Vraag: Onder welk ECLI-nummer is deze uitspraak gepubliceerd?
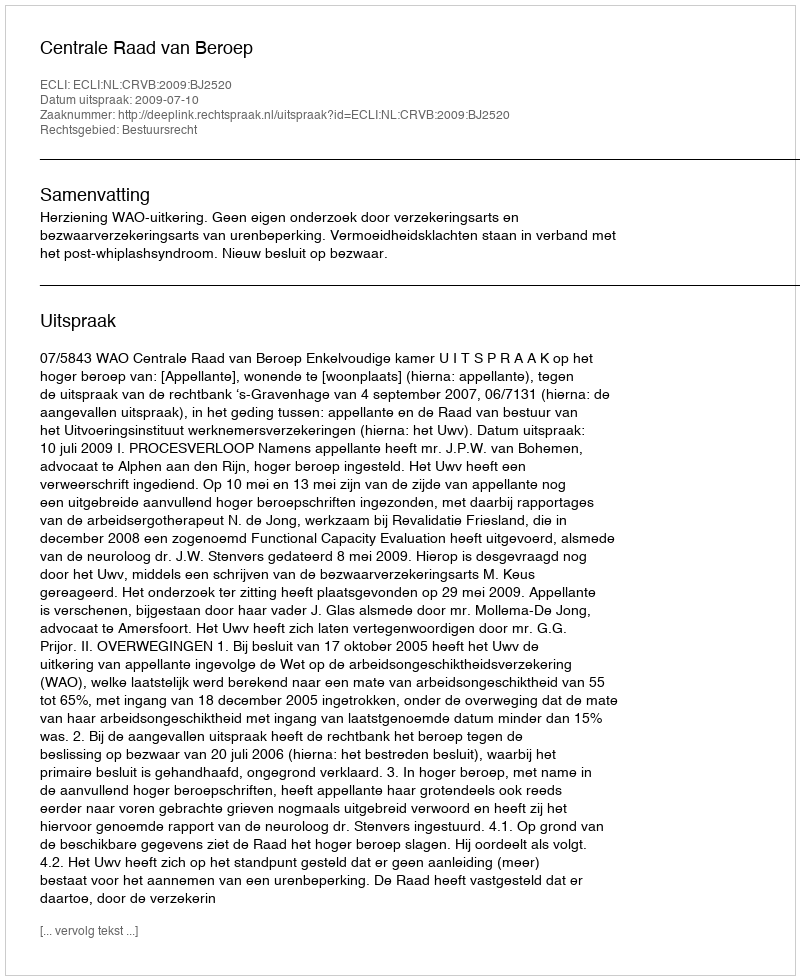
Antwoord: ECLI:NL:CRVB:2009:BJ2520